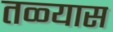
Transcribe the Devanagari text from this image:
तळ्यास